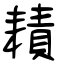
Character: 耫